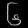
Digit: ၆